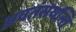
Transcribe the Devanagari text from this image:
अवतंसयन्ति